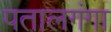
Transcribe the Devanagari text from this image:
पतालगंगा